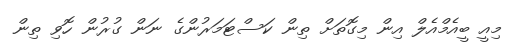
މިއީ ބީއެމްއެލް އިން މިގޮތަށް ތިން ކަސްޓަމަރުންގެ ނަން ގުރުން ހޮވި ތިން